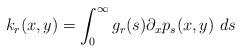
LaTeX: \begin{align*}k_r(x,y) = \int_0^\infty g_r(s) \partial_xp_s(x,y) \ ds\end{align*}